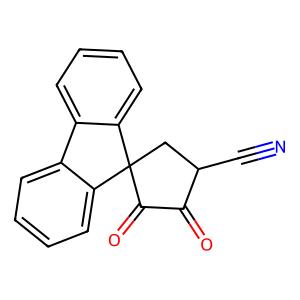
SMILES: N#CC1CC2(C(=O)C1=O)c1ccccc1-c1ccccc12
Inhibits HIV replication: No